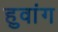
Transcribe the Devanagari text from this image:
हुवांग